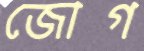
জোগ